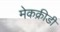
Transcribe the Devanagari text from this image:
मेकक्रीडी